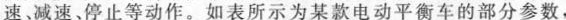
速、减速、停止等动作。如表所示为某款电动平衡车的部分参数，